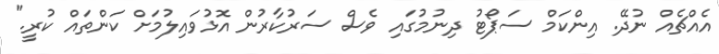
އެއްޗެއް ނުދޭ. އިންކަމް ސަޕޯޓު ދިނުމުގައި ވެސް ސަރުކާރުން އޮޅުވައިލުމަށް ކަންތައް ކުރީ."